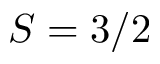
S = 3 / 2